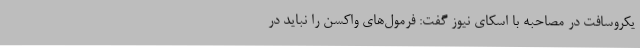
یکروسافت در مصاحبه با اسکای نیوز گفت: فرمول‌های واکسن را نباید در